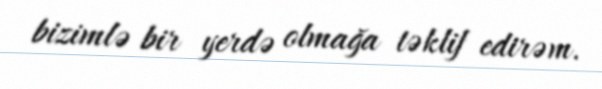
bizimlə bir yerdə olmağa təklif edirəm.